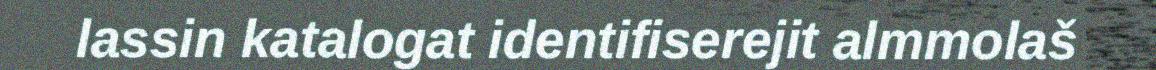
lassin katalogat identifiserejit almmolaš